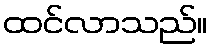
ထင်လာသည်။